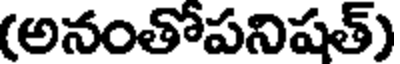
(అనంతోపనిషత్)